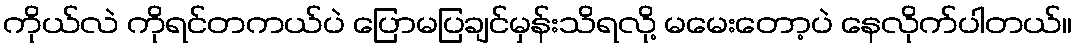
ကိုယ်လဲ ကိုရင်တကယ်ပဲ ပြောမပြချင်မှန်းသိရလို့ မမေးတော့ပဲ နေလိုက်ပါတယ်။